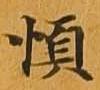
順